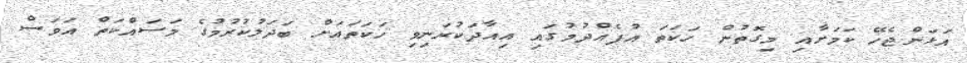
އަޅަންޖެހޭ ކަމަށާއި މިގޮތުން ހަކަތަ އުފެއްދުމުގައި އިއާދަކުރަނިވި ހަކަތައަށް ބަދަލުކުރުމުގެ މަސައްކަތް އަވަސް